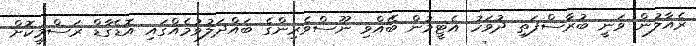
ރެއާލުން ވަނީ ބުރާސްފަތި ދުވަހު އެޓީމުން ބޭއްވި ނޫސްވެރިންގެ ބައްދަލުވުމެއްގައި އޮޑެގާޑް ރަސްމީކޮށް